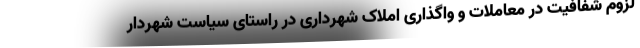
لزوم شفافیت در معاملات و واگذاری املاک شهرداری در راستای سیاست شهردار